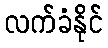
လက်ခံနိုင်